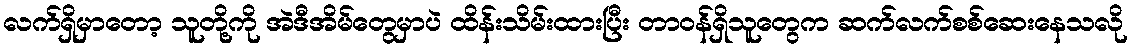
လက်ရှိမှာတော့ သူတို့ကို အဲဒီအိမ်တွေမှာပဲ ထိန်းသိမ်းထားပြီး တာဝန်ရှိသူတွေက ဆက်လက်စစ်ဆေးနေသလို